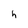
Character: h